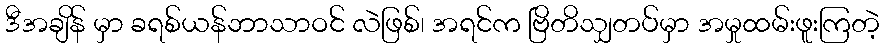
ဒီအချိန် မှာ ခရစ်ယန်ဘာသာဝင် လဲဖြစ်၊ အရင်က ဗြိတိသျှတပ်မှာ အမှုထမ်းဖူးကြတဲ့